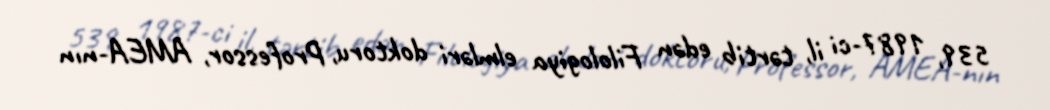
539, 1987-ci il, tərtib edən Filologiya elmləri doktoru, Professor, AMEA-nın